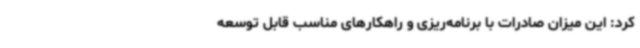
کرد: این میزان صادرات با برنامه‌ریزی و راهکارهای مناسب قابل توسعه